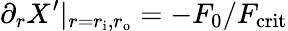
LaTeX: \partial_{r}X^{\prime}\vert_{r=r_{\mathrm{i}},r_{\mathrm{o}}}=-F_{0}/F_{\mathrm{crit}}